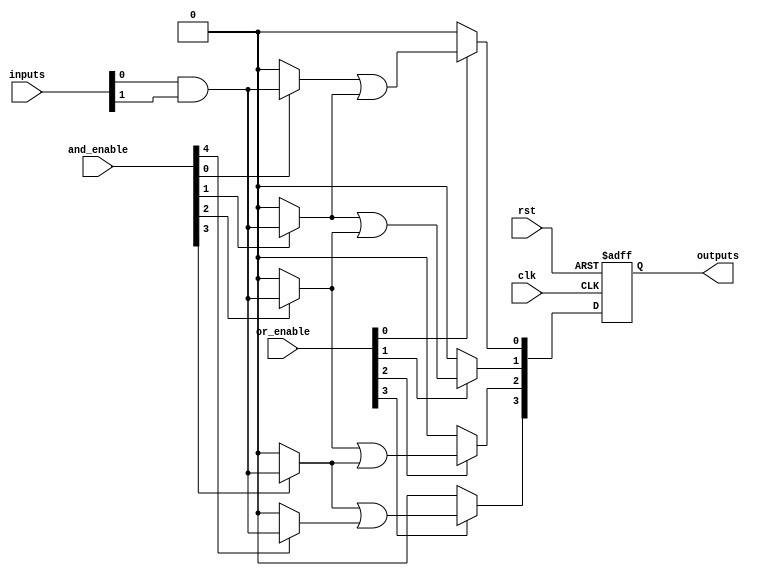
module rpal #(
    parameter NUM_INPUTS = 8,       // Number of input lines
    parameter NUM_AND_TERMS = 16,    // Number of product terms
    parameter NUM_OUTPUTS = 4        // Number of output lines
)(
    input wire clk,                  // Clock input
    input wire rst,                  // Reset input
    input wire [NUM_INPUTS-1:0] inputs, // Input lines
    input wire [NUM_AND_TERMS-1:0] and_enable, // Control signals for AND array
    input wire [NUM_OUTPUTS-1:0] or_enable,   // Control signals for OR array
    output reg [NUM_OUTPUTS-1:0] outputs       // Output lines
);

// Programmable AND array
wire [NUM_AND_TERMS-1:0] and_terms;
genvar i, j;

generate
    for (i = 0; i < NUM_AND_TERMS; i = i + 1) begin: and_array
        assign and_terms[i] = 
            (and_enable[i]) ? (inputs[0] & inputs[1]) : 1'b0; // Example: can be programmed
    end
endgenerate

// Programmable OR array
wire [NUM_OUTPUTS-1:0] or_terms;
generate
    for (j = 0; j < NUM_OUTPUTS; j = j + 1) begin: or_array
        assign or_terms[j] = 
            (or_enable[j]) ? (and_terms[j] | and_terms[j+1]) : 1'b0; // Example combining two terms
    end
endgenerate

// Registered outputs
always @(posedge clk or posedge rst) begin
    if (rst) begin
        outputs <= 0; // Reset outputs
    end else begin
        outputs <= or_terms; // Capture OR terms into registered outputs
    end
end

endmodule